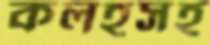
কলহসহ